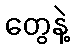
တွေနဲ့